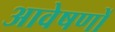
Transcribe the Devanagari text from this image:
आवेषणों